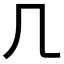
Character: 𠘧